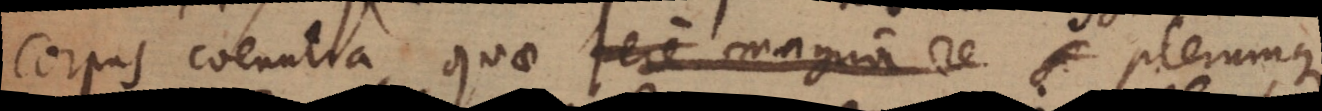
corpus coeuntia, quae fere magnia re plerumque